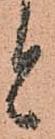
と